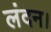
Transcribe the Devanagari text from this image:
लंदन।